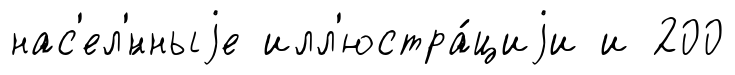
нас'ел'́нныjе илл'юстра́циjи и 200